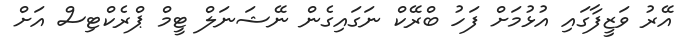
އޭރު ވަޒީފާގައި އުޅުމަށް ފަހު ބްރޭކް ނަގައިގެން ނޭޝަނަލް ޓީމް ޕްރެކްޓިސް އަށް